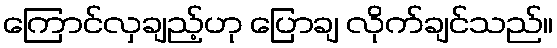
ကြောင်လှချည့်ဟု ပြောချ လိုက်ချင်သည်။